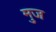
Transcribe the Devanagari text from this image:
मुज